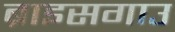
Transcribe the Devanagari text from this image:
ब्राइसगाउ